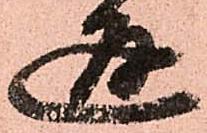
通